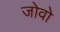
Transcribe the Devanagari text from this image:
जोवो